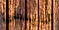
كايسى